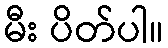
မီး ပိတ်ပါ။